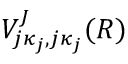
V _ { j \kappa _ { j } , j \kappa _ { j } } ^ { J } ( R )